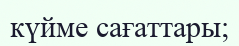
күйме сағаттары;